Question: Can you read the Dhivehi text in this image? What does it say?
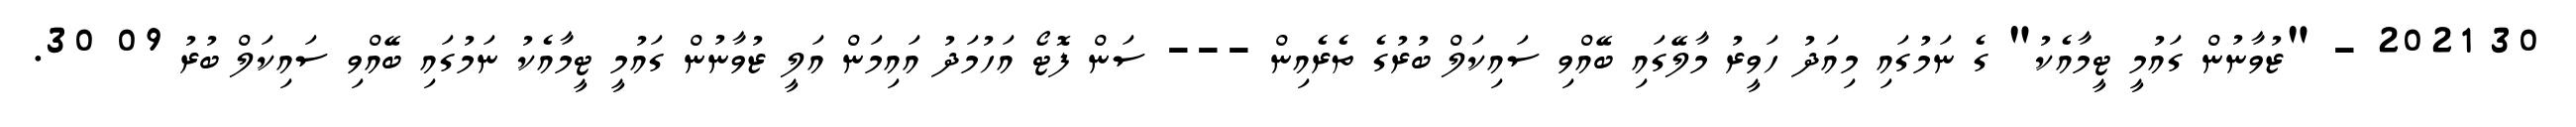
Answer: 30 2021 - "ޒުވާނުން ގައުމީ ޓީމާއެކު" ގެ ނަމުގައި މިއަދު ހަވީރު މާލޭގައި ބޭއްވި ސައިކަލް ބުރުގެ ތެރެއިން --- ސަން ފޮޓޯ އަހުމަދު އައިމަން އަލީ ޒުވާނުން ގައުމީ ޓީމާއެކު ނަމުގައި ބޭއްވި ސައިކަލް ބުރު 09 30.